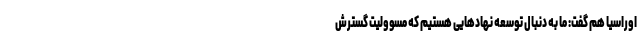
اوراسیا هم گفت: ما به دنبال توسعه نهادهایی هستیم که مسوولیت گسترش